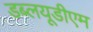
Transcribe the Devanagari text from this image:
डब्लयूडीएम